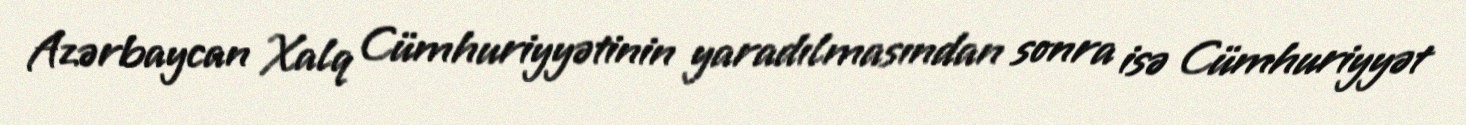
Azərbaycan Xalq Cümhuriyyətinin yaradılmasından sonra isə Cümhuriyyət